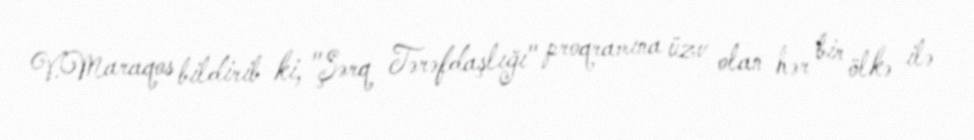
V.Maraqos bildirib ki, "Şərq Tərəfdaşlığı" proqramına üzv olan hər bir ölkə ilə